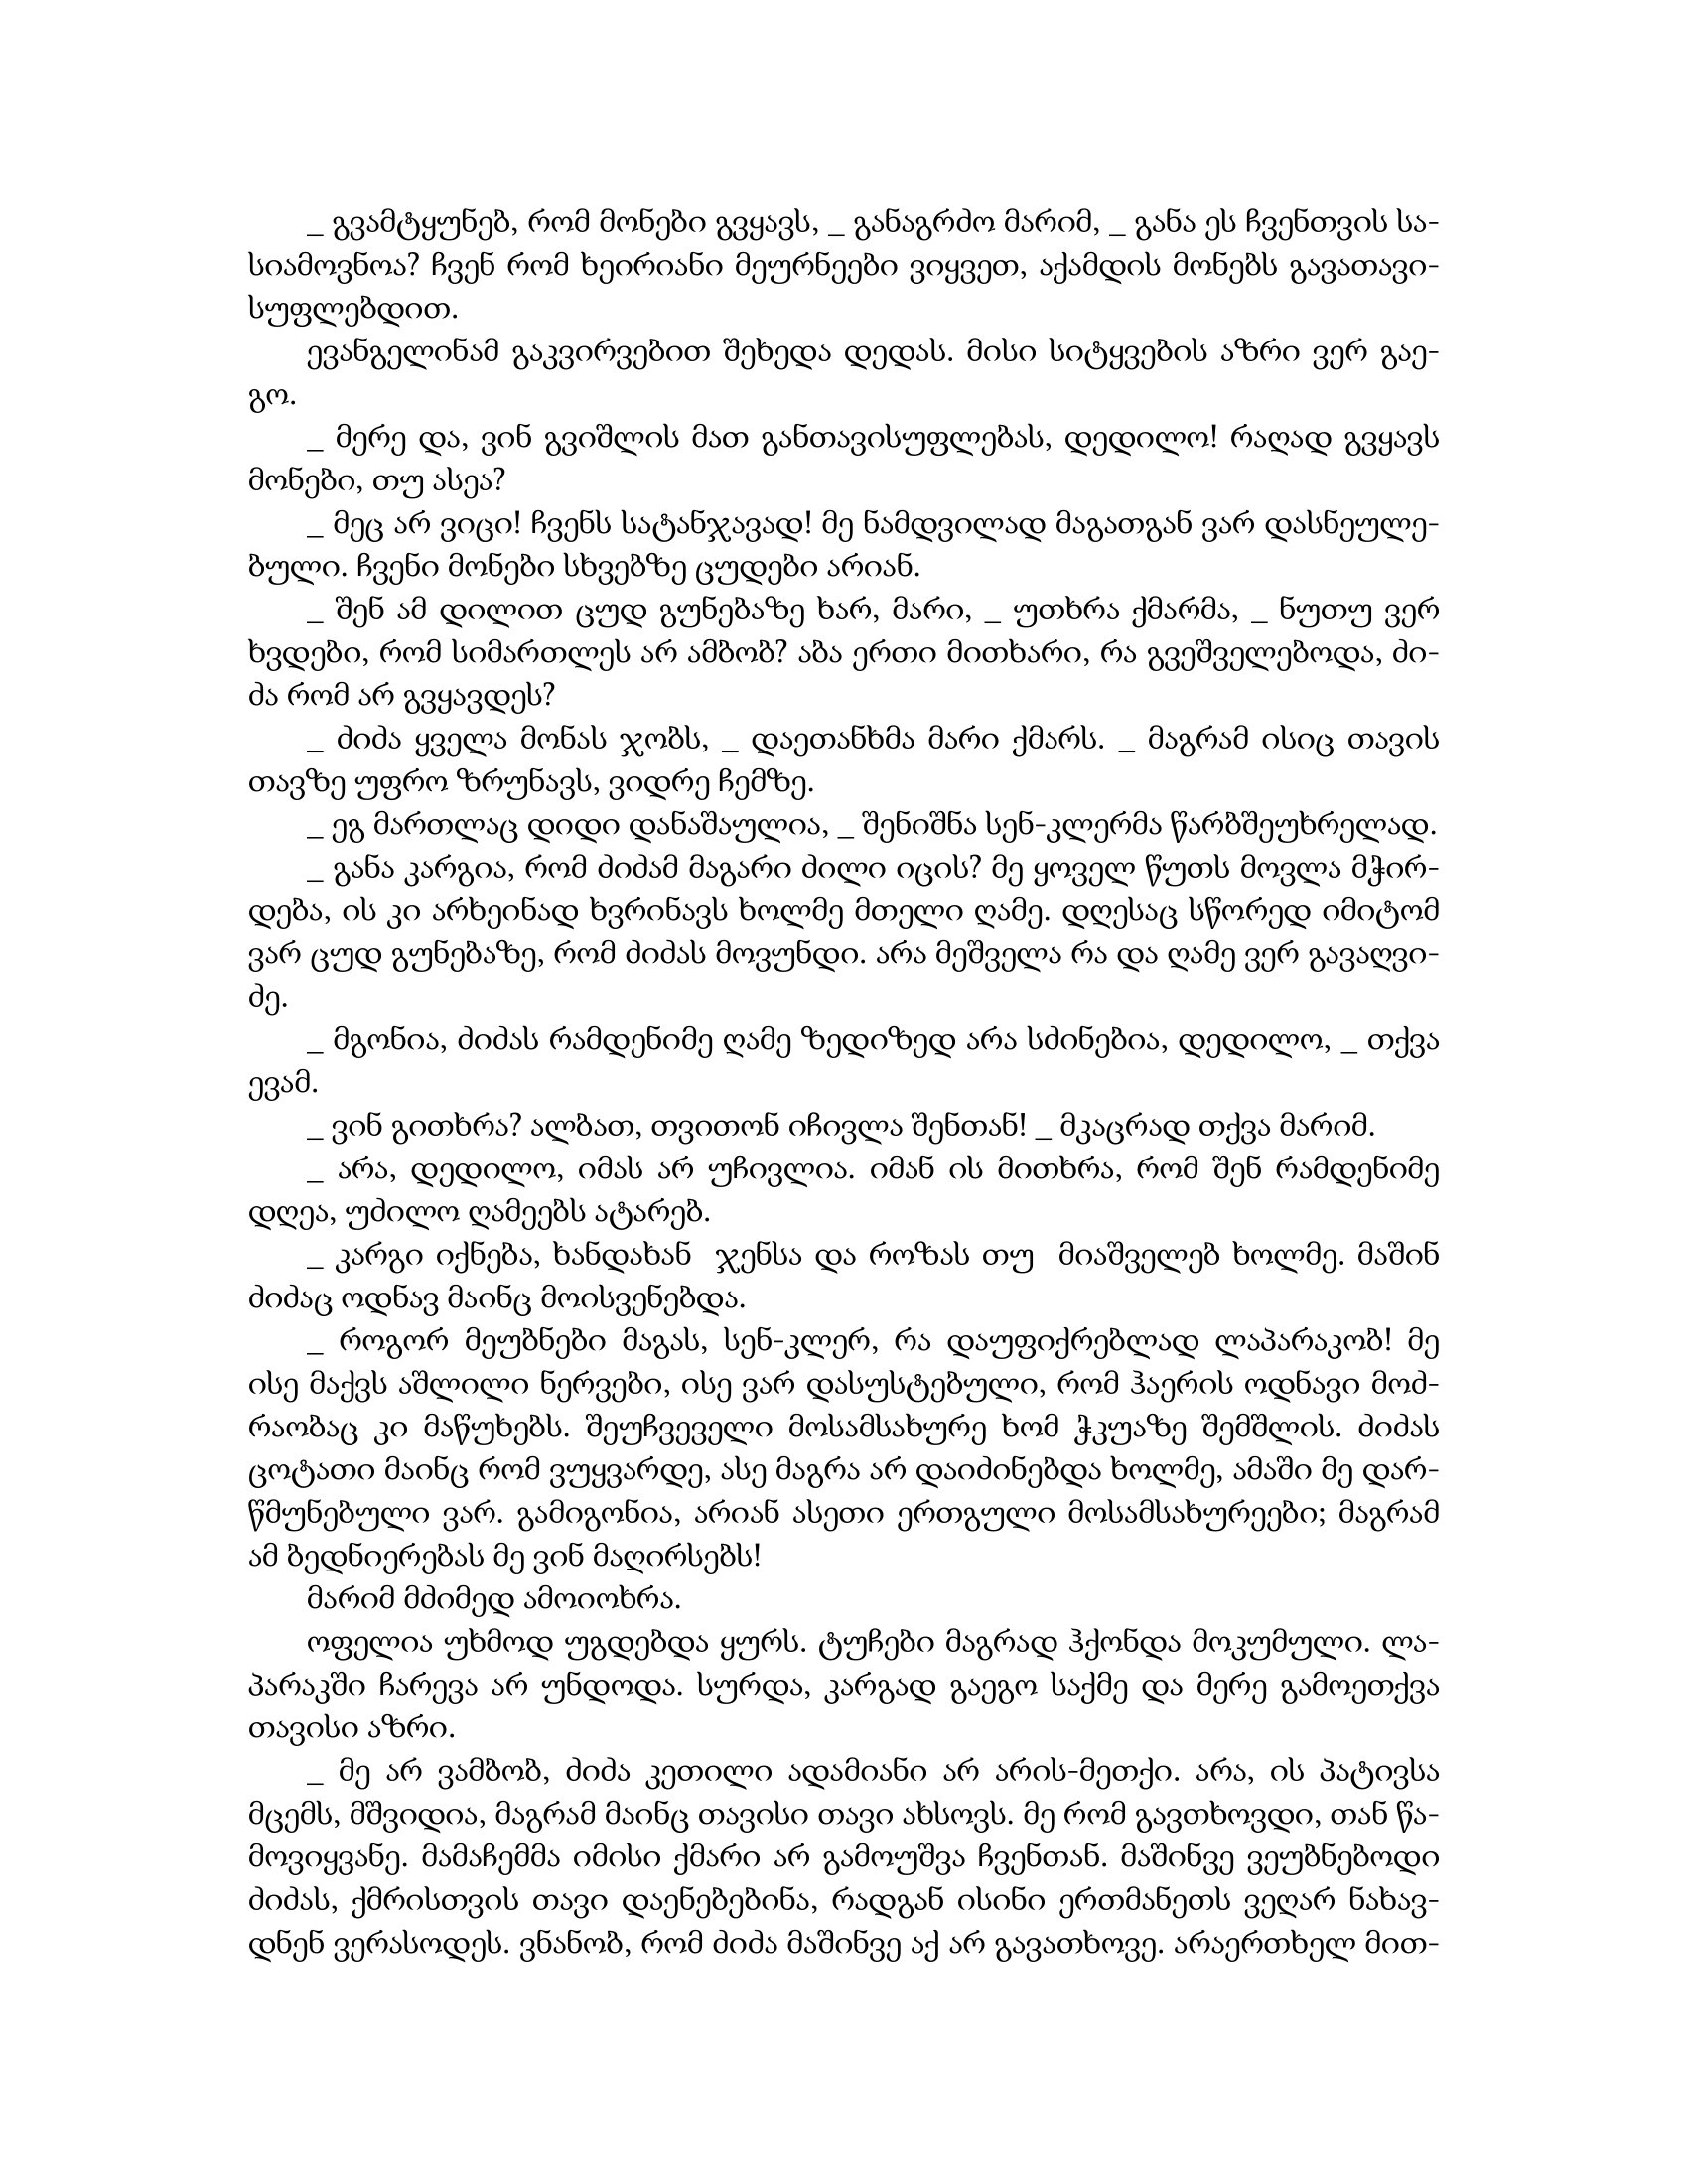
Language: gr